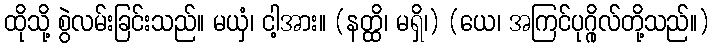
ထိုသို့ စွဲလမ်းခြင်းသည်။ မယှံ၊ ငါ့အား။ (နတ္ထိ၊ မရှိ၊) (ယေ၊ အကြင်ပုဂ္ဂိုလ်တို့သည်။)